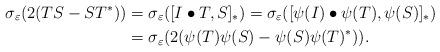
LaTeX: \begin{align*}\sigma_{\varepsilon}(2(TS-ST^{\ast}))&=\sigma_{\varepsilon}([I\bullet T,S]_{\ast})=\sigma_{\varepsilon}([\psi(I)\bullet \psi(T),\psi(S)]_{\ast})\\&=\sigma_{\varepsilon}(2(\psi(T)\psi(S)-\psi(S)\psi(T)^{\ast})).\end{align*}